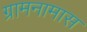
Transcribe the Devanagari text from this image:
ग्रामनामास